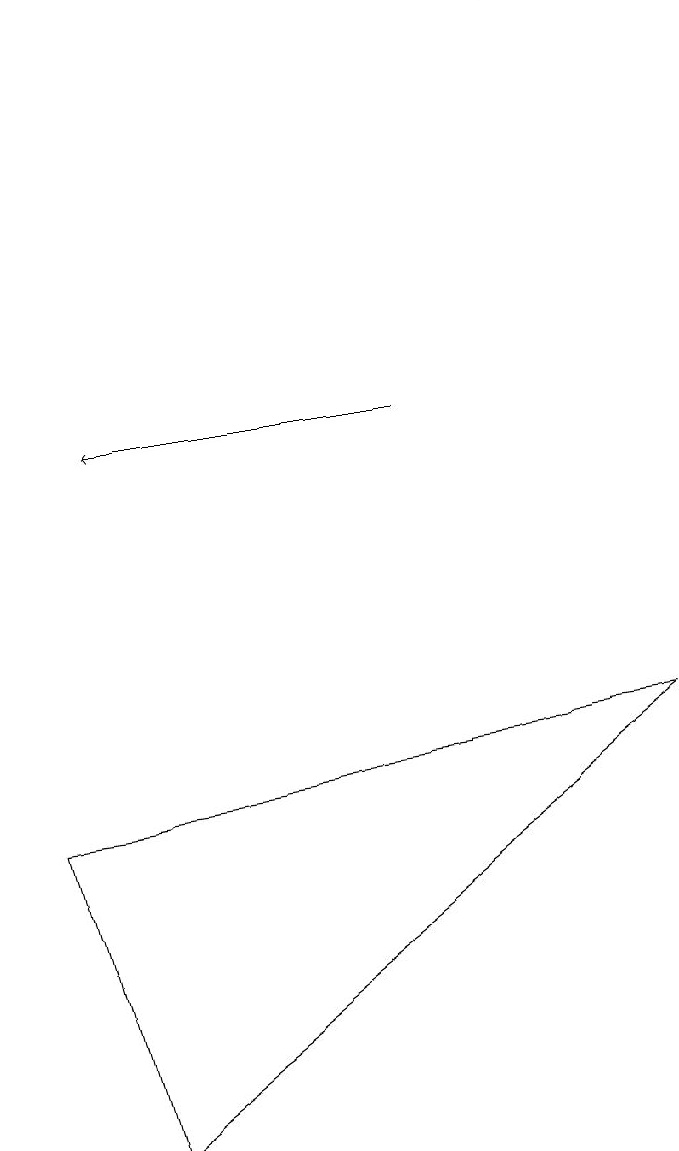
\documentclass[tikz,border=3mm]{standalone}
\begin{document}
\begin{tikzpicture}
\draw (9,7) -- (2,2) -- (1,6) -- cycle;
\draw[->] (6,11) -- (2,11);
\draw[->] (8,16) -- (8,16);
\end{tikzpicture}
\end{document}